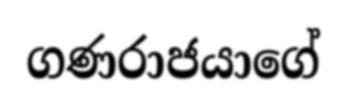
ගණරාජයාගේ